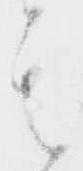
其